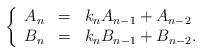
LaTeX: \begin{align*}\left\{\begin{array}{lll}A_n &=& k_n A_{n-1}+A_{n-2}\\B_n &=& k_n B_{n-1}+B_{n-2}.\end{array}\right.\end{align*}